Medical and sanitary report of the native army of Madras for the year
Year: 1872
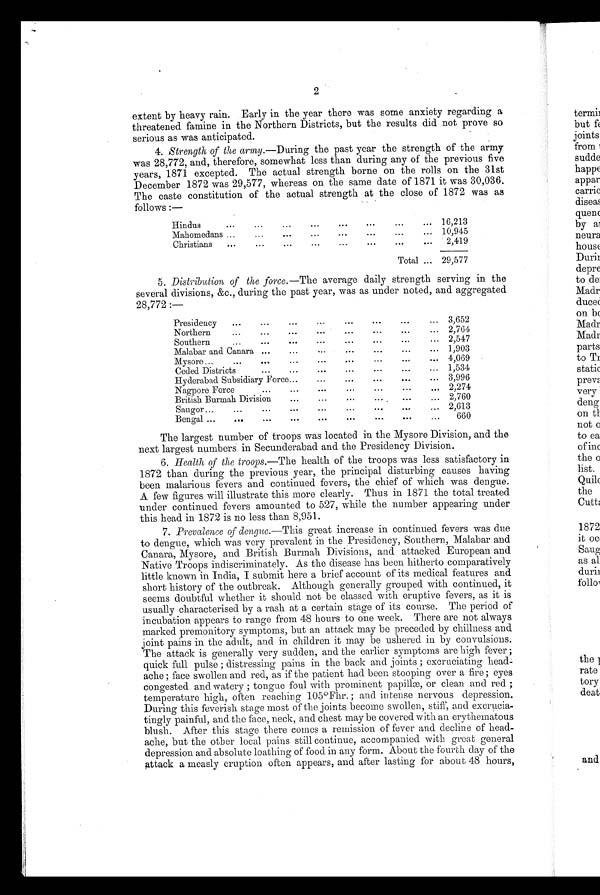
2
extent by heavy rain. Early in the year there was some anxiety regarding a
threatened famine in the Northern Districts, but the results did not prove so
serious as was anticipated.
4. Strength of the army .—During the past year the strength of the army
was 28,772, and, therefore, somewhat less than during any of the previous five
years, 1871 excepted. The actual strength borne on the rolls on the 31st
December 1872 was 29,577, whereas on the same date of 1871 it was 30,036.
The caste constitution of the actual strength at the close of 1872 was as
follows :—
Hindus
...
... ... ...
...
...
...
...
16,213
Mahomedans ...
...
...
...
...
...
... ... 10,945
Christians
...
...
...
...
...
...
...
...
2,419
Total ... 29,577
5. Distribution of the force.—The average daily strength serving in the
several divisions, &c., during the past year, was as under noted, and aggregated
28,772 :—
Presidency
...
...
...
...
... ...
...
...
3,652
Northern...
...
...
...
...
...
...
...
2,764
Southern
...
...
...
...
...
...
... 2,547
Malabar and Canara ...
...
...
... ...
...
... 1,903
Mysore...
...
... ...
... ... ...
... ...
4,069
Ceded Districts...
...
...
...
...
...
... ...
1,534
Hyderabad Subsidiary Force...
...
...
...
...
... ... ...
3,996
Nagpore Force
... ... ... ... ... ... ...
2,274
British Burmah Division
...
...
...
...
...
... ... ...
2,760
Saugor
...
...
... ... ...
...
...
...
. . .
2,613
Bengal ...
... ...
...
...
...
...
...
...
660
The largest number of troops was located in the Mysore Division, and the
next largest numbers in Secunderabad and the Presidency Division.
6. Health of the troops .—The health of the troops was less satisfactory in
1872 than during the previous year, the principal disturbing causes having
been malarious fevers and continued fevers, the chief of which was dengue.
A few figures will illustrate this more clearly. Thus in 1871 the total treated
under continued fevers amounted to 527, while the number appearing under
this head in 1872 is no less than 8,951.
7. Prevalence of dengue .—This great increase in continued fevers was due
to dengue, which was very prevalent in the Presidency, Southern, Malabar and
Canara, Mysore, and British Burmah Divisions, and attacked European and
Native Troops indiscriminately. As the disease has been hitherto comparatively
little known in India, I submit here a brief account of its medical features and
short history of the outbreak. Although generally grouped with continued, it
seems doubtful whether it should not be classed with eruptive fevers, as it is
usually characterised by a rash at a certain stage of its course. The period of
incubation appears to range from 48 hours to one week. There are not always
marked premonitory symptoms, but an attack may be preceded by chillness and
joint pains in the adult, and in children it may be ushered in by convulsions.
The attack is generally very sudden, and the earlier symptoms are high fever ;
quick full pulse ; distressing pains in the back and joints ; excruciating head
¬ache ; face swollen and red, as if the patient had been stooping over a fire ; eyes
congested and watery ; tongue foul with prominent papillæ, or clean and red ;
temperature high, often reaching 105°Fhr. ; and intense nervous depression.
During this feverish stage most of the joints become swollen, stiff, and excrucia-
tingly painful, and the face, neck, and chest may be covered with an erythematous
blush. After this stage there comes a remission of fever and decline of head-
ache, but the other local pains still continue, accompanied with great general
depression and absolute loathing of food in any form. About the fourth day of the
attack a measly eruption often appears, and after lasting for about 48 hours,